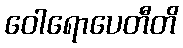
ဝေါရောပေတီတိ